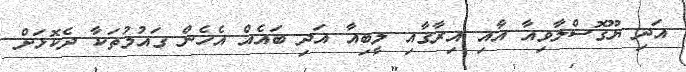
އަދި ޔޫގޮސްލާވިއާ އާއި އިރާގާއި ލީބިއާ އަދި ބައެއް އެހެން ގައުމުތަކާ ދެކޮޅަށް